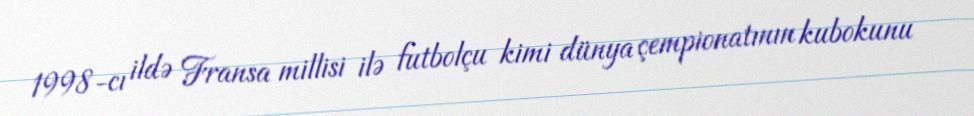
1998-cı ildə Fransa millisi ilə futbolçu kimi dünya çempionatının kubokunu